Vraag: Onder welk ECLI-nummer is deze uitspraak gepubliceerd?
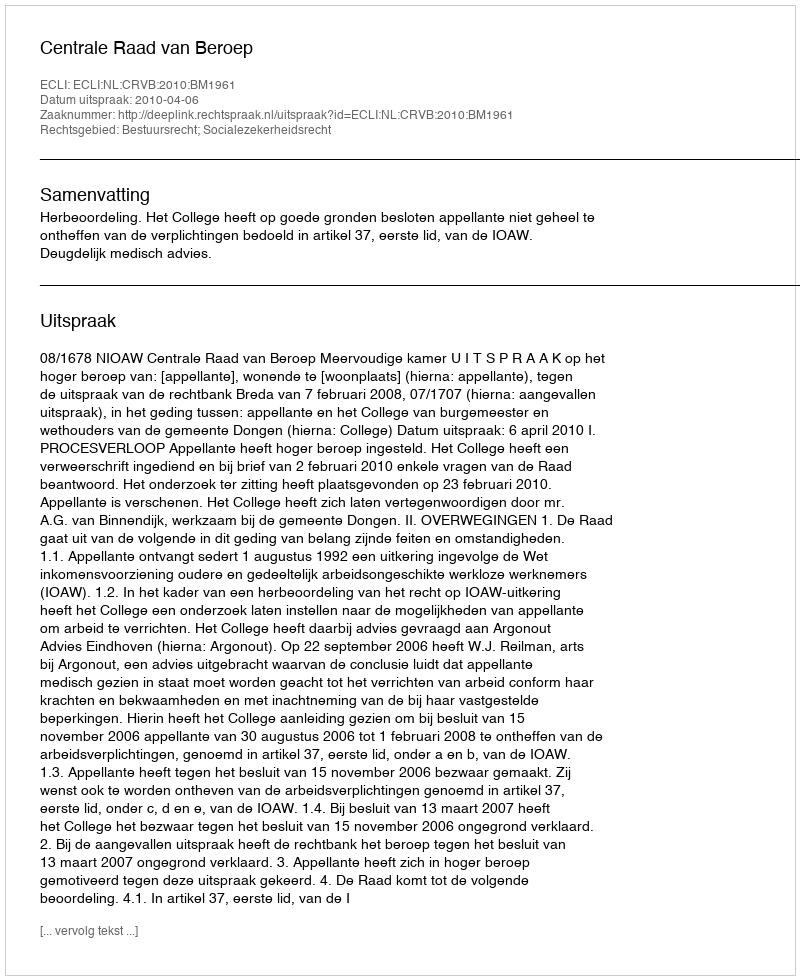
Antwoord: ECLI:NL:CRVB:2010:BM1961